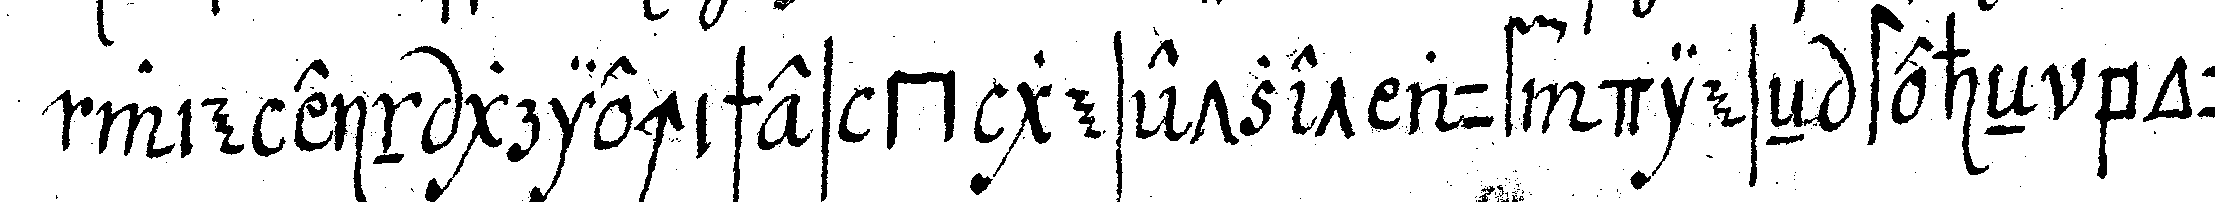
wie ein griechisches *gate* gesetzet auf dieseN steheN bou